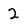
Character: 2